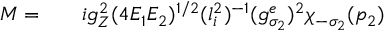
\begin{array} { r l r } { { \cal M } = } & { { } } & { i g _ { Z } ^ { 2 } ( 4 E _ { 1 } E _ { 2 } ) ^ { 1 / 2 } ( l _ { i } ^ { 2 } ) ^ { - 1 } ( g _ { \sigma _ { 2 } } ^ { e } ) ^ { 2 } \chi _ { - \sigma _ { 2 } } ( p _ { 2 } ) } \end{array}